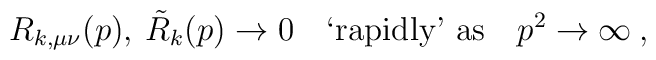
R_{k,\mu\nu}(p),\: \tilde{R}_k(p) \to 0 \quad\mbox{`rapidly' as}\quad  p^2 \to \infty \:,